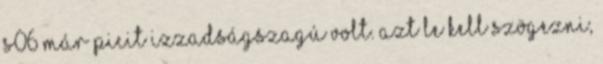
S06 már picit izzadságszagú volt. Azt le kell szögezni,